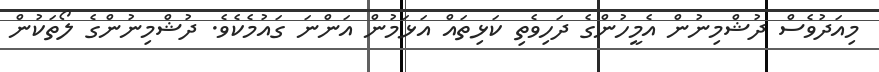
މިއަދުވެސް ދުޝްމިނުން އެމީހުންގެ ދަހިވެތި ކަޅިތައް އަޅަމުން އަންނަ ގައުމެކެވެ. ދުޝްމިނުންގެ ލޯތަކުން